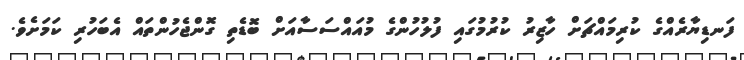
ފަނޑިޔާރެއްގެ ކުރިމައްޗަށް ހާޒިރު ކުރުމުގައި ފުލުހުންގެ މުއައްސަސާއަށް ބޮޑެތި ގޮންޖެހުންތައް އެބަހުރި ކަމަށެވެ.